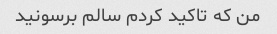
من که تاکید کردم سالم برسونید